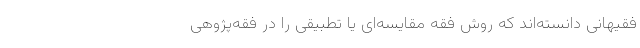
فقیهانی دانسته‌اند که روش فقه مقایسه‌ای یا تطبیقی را در فقه‌پژوهی